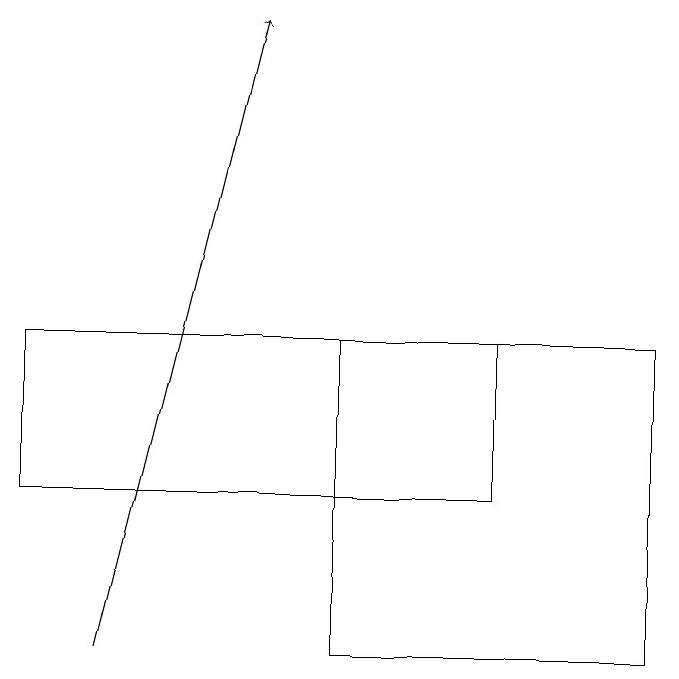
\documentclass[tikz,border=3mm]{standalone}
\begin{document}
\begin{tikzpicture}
\draw[->] (2,11) -- (4,19);
\draw (9,15) rectangle (5,11);
\draw (1,15) rectangle (7,13);
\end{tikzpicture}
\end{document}